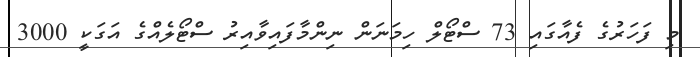
މި ފަހަރުގެ ފެއާގައި 73 ސްޓޯލް ހިމަނަން ނިންމާފައިވާއިރު ސްޓޯލެއްގެ އަގަކީ 3000